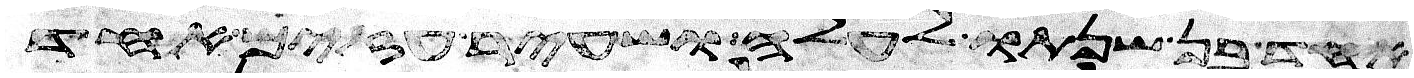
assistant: אחד בן שנתו לעלה ושעיר עזים אחד